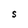
Character: S